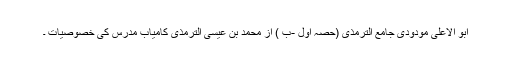
ابو الاعلیٰ مودودی جامع الترمذی (حصہ اول -ب ) از محمد بن عیسیٰ الترمذی کامیاب مدرس کی خصوصیات ۔